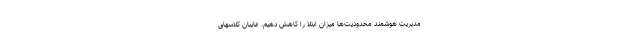
مدیریت هوشمند محدودیت‌ها میزان ابتلا را کاهش دهیم. غایبان کلاسهای